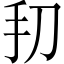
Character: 𫼔